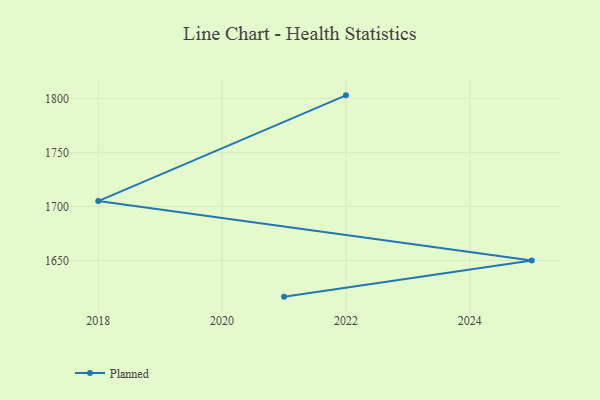
{"axis": {"x": "Year", "y": "Gross Profit (USD K)"}, "legend": ["Planned"], "data": [{"x": "2021", "y": 1616.4, "type": "Planned"}, {"x": "2025", "y": 1649.9, "type": "Planned"}, {"x": "2018", "y": 1704.9, "type": "Planned"}, {"x": "2022", "y": 1802.8, "type": "Planned"}]}